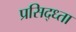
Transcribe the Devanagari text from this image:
प्रसिद्ध्ता